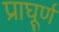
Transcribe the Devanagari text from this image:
प्राघूर्ण